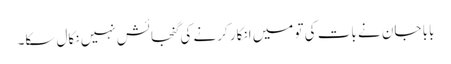
بابا جان نے بات کی تو میں انکار کرنے کی گنجائش نہیں نکال سکا۔